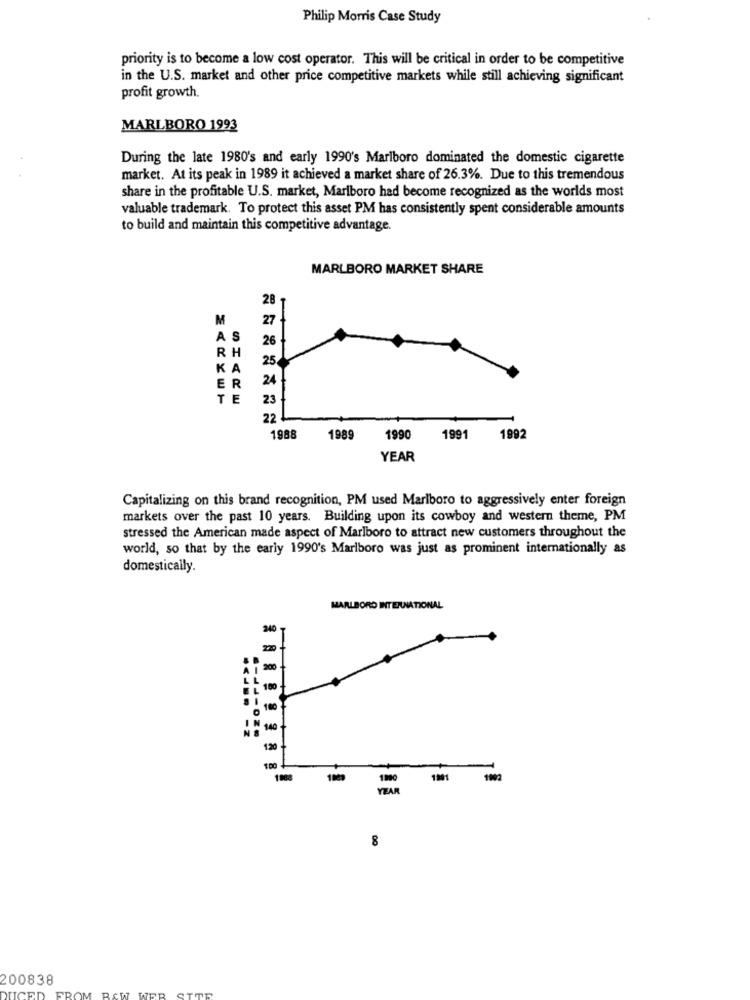
Philip Morris Case Study
priority is to become a low cost operator. This will be critical in order to be competitive
in the U.S. market and other price competitive markets while still achieving significant
profit growth.
MARLBORO 1993
During the late 1980's and early 1990's Marlboro dominated the domestic cigarette
market. At its peak in 1989 it achieved a market share of 26.3%. Due to this tremendous
share in the profitable U.S. market, Marlboro had become recognized as the worlds most
valuable trademark. To protect this asset PM has consistently spent considerable amounts
to build and maintain this competitive advantage.
MARLBORO MARKET SHARE
28
M
27 J
AS
26
RH
25
24
E
T
23
22
1988
1989
1990
1991
1992
YEAR
Capitalizing on this brand recognition, PM used Marlboro to aggressively enter foreign
markets over the past 10 years. Building upon its cowboy and western theme, PM
stressed the American made aspect of Marlboro to attract new customers throughout the
world, so that by the early 1990's Marlboro was just as prominent internationally as
domestically.
MARLBORO INTERNATIONAL
240
200
100
180
140
1.20
100
1001
1902
8
200838
FROM RAW
WER